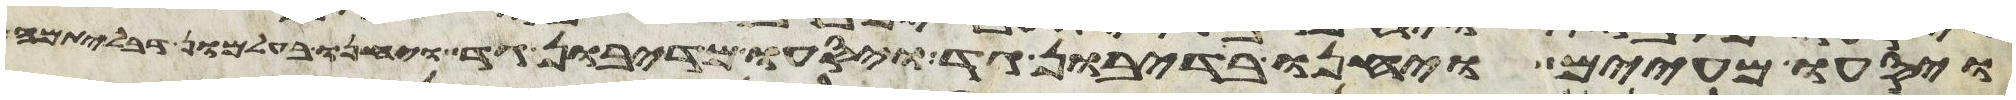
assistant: ויסעו מעיים ויחנו בדיבון גד ויסעו מדיבון גד ויחנו בעלמון דבלתימה